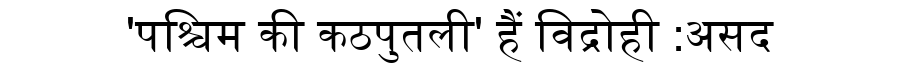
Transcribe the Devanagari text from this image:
'पश्चिम की कठपुतली' हैं विद्रोही :असद